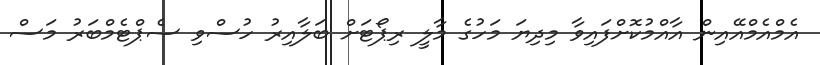
އެމްއެމްއޭއިން އާއްމުކޮށްފައިވާ މިދިޔަ މަހުގެ މާލީ ރިޕޯޓަށް ބަލާއިރު ހުސްވި ސެޕްޓެމްބަރު މަސް